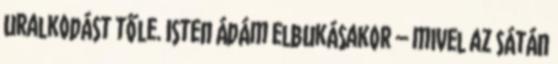
uralkodást tőle. Isten Ádám elbukásakor – mivel az Sátán